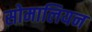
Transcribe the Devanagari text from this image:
सोमालियन